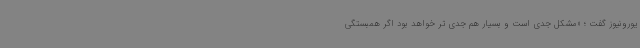
یورونیوز گفت ؛ «مشکل جدی است و بسیار هم جدی تر خواهد بود اگر همبستگی